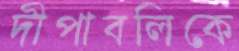
দীপাবলিকে